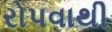
રોપવાથી